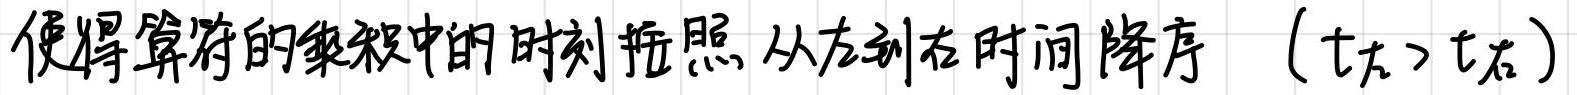
使得算符的乘积中的时刻按照从左到右时间降序（$t_{左}>t_{右}$）